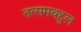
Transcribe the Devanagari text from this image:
तत्समबहुल